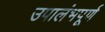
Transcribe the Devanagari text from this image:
उपालंभपूर्ण